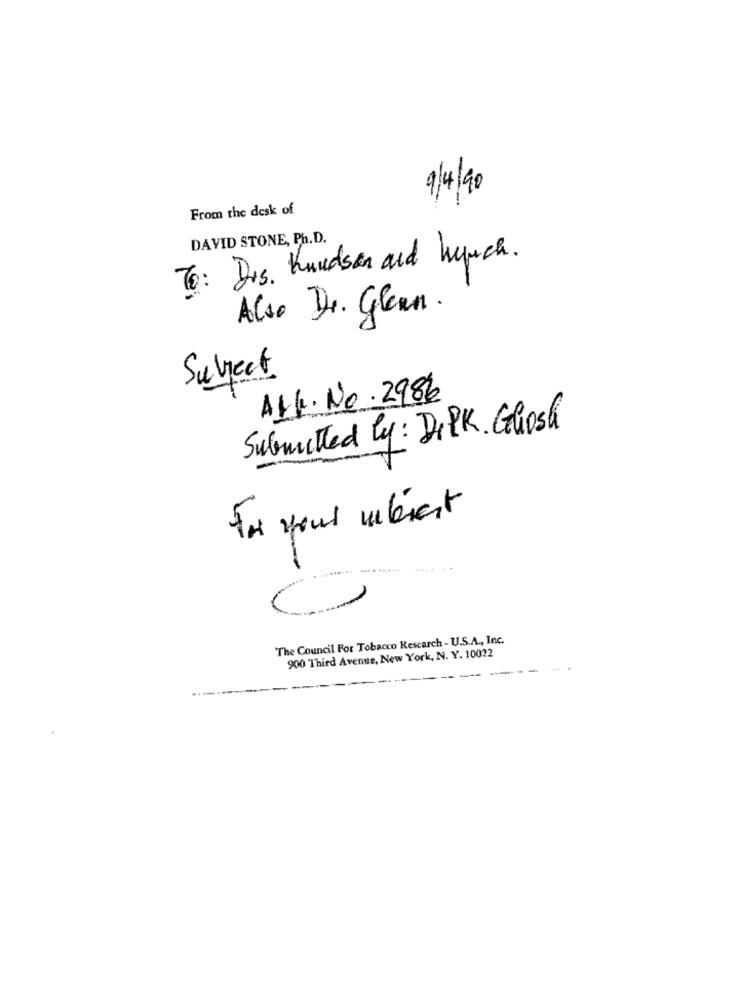
9/4/90
From the desk of
DAVID STONE, Ph.D.
To: Drs. Knudsen and heuch.
Also Dr. Glean.
Subject
ALK. No. 2986
Submitted by: DIPK. Ghosh
For your abiert
The Council For Tobacco Research - U.S.A ., Inc.
900 Third Avenue, New York, N. Y. 10022
---